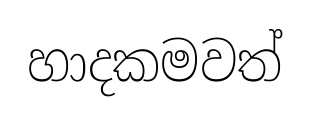
හාදකමවත්